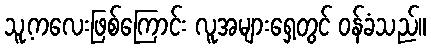
သူ့ကလေးဖြစ်ကြောင်း လူအများရှေ့တွင် ဝန်ခံသည်။